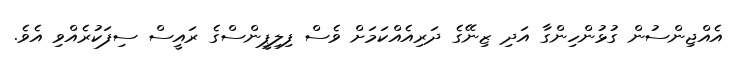
އެއްޖިންސުން ގުޅުންހިންގާ އަދި ޒިނޭގެ ދަރިއެއްކަމަށް ވެސް ފިލިޕީންސްގެ ރައީސް ސިފަކުރެއްވި އެވެ.